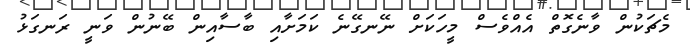
މެޗަކުން ވާނެގޮތް އެއްވެސް މީހަކަށް ނޭނގޭނެ ކަމަށާއި ބާސާއިން ބޭނުން ވަނީ ރަނގަޅު